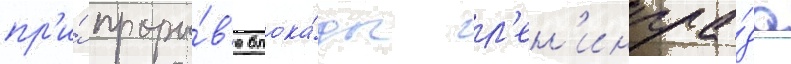
пр'и́ проры́в'е блока́ды л'ен'ингра́да